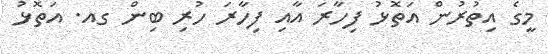
މީގެ އިތުރުން އަތޮޅު ފިހާރަ އާއި ފިހާރަ ހުރި ބިން ގއ. އަތޮޅު